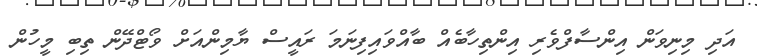
އަދި މިނިވަން އިންސާފްވެރި އިންތިހާބެއް ބާއްވައިފިނަމަ ރައީސް ޔާމިންއަށް ވޯޓްދޭން ތިބި މީހުން